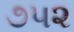
૭૫૨